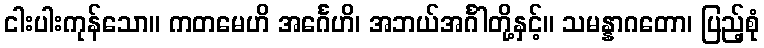
ငါးပါးကုန်သော။ ကတမေဟိ အင်္ဂေဟိ၊ အဘယ်အင်္ဂါတို့နှင့်။ သမန္နာဂတော၊ ပြည့်စုံ